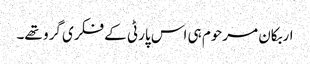
اربکان مرحوم ہی اس پارٹی کے فکری گرو تھے۔